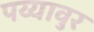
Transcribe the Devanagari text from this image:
पय्यावुर